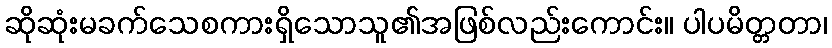
ဆိုဆုံးမခက်သေစကားရှိသောသူ၏အဖြစ်လည်းကောင်း။ ပါပမိတ္တတာ၊